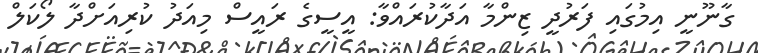
ގާނޫނީ އިމުގައި ފަރުދީ ޒިންމާ އަދާކުރައްވާ: އީސީގެ ރައީސް މިއަދު ކުރިއަށްދާ ލޯކަލް